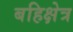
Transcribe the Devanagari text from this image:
बहिक्षेत्र